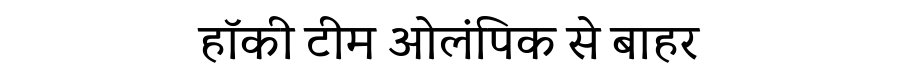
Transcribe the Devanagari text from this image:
हॉकी टीम ओलंपिक से बाहर